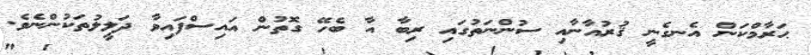
ޙަރާމްކަން އެނގެނީ ޤުރުއާނާއި ސުންނަތުގައި ރިބާ އާ ބެހޭ ގޮތުން އައިސްފައިވާ ދަލީލުތަކުންނެވެ.